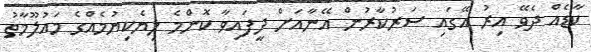
ކާޑެއް ދެވޭ އިރު އޭގައި ސަރުކާރުން އޭނާއަށް ދީފައިވާ ކޮންމެ ލިޔެކިޔުމެއްގެ މައުލޫމާތު